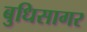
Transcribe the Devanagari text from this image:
बुधिसागर